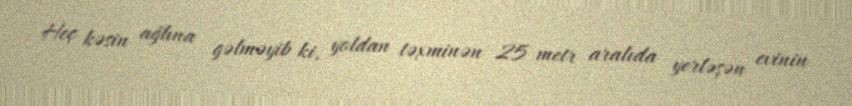
Heç kəsin ağlına gəlməyib ki, yoldan təxminən 25 metr aralıda yerləşən evinin